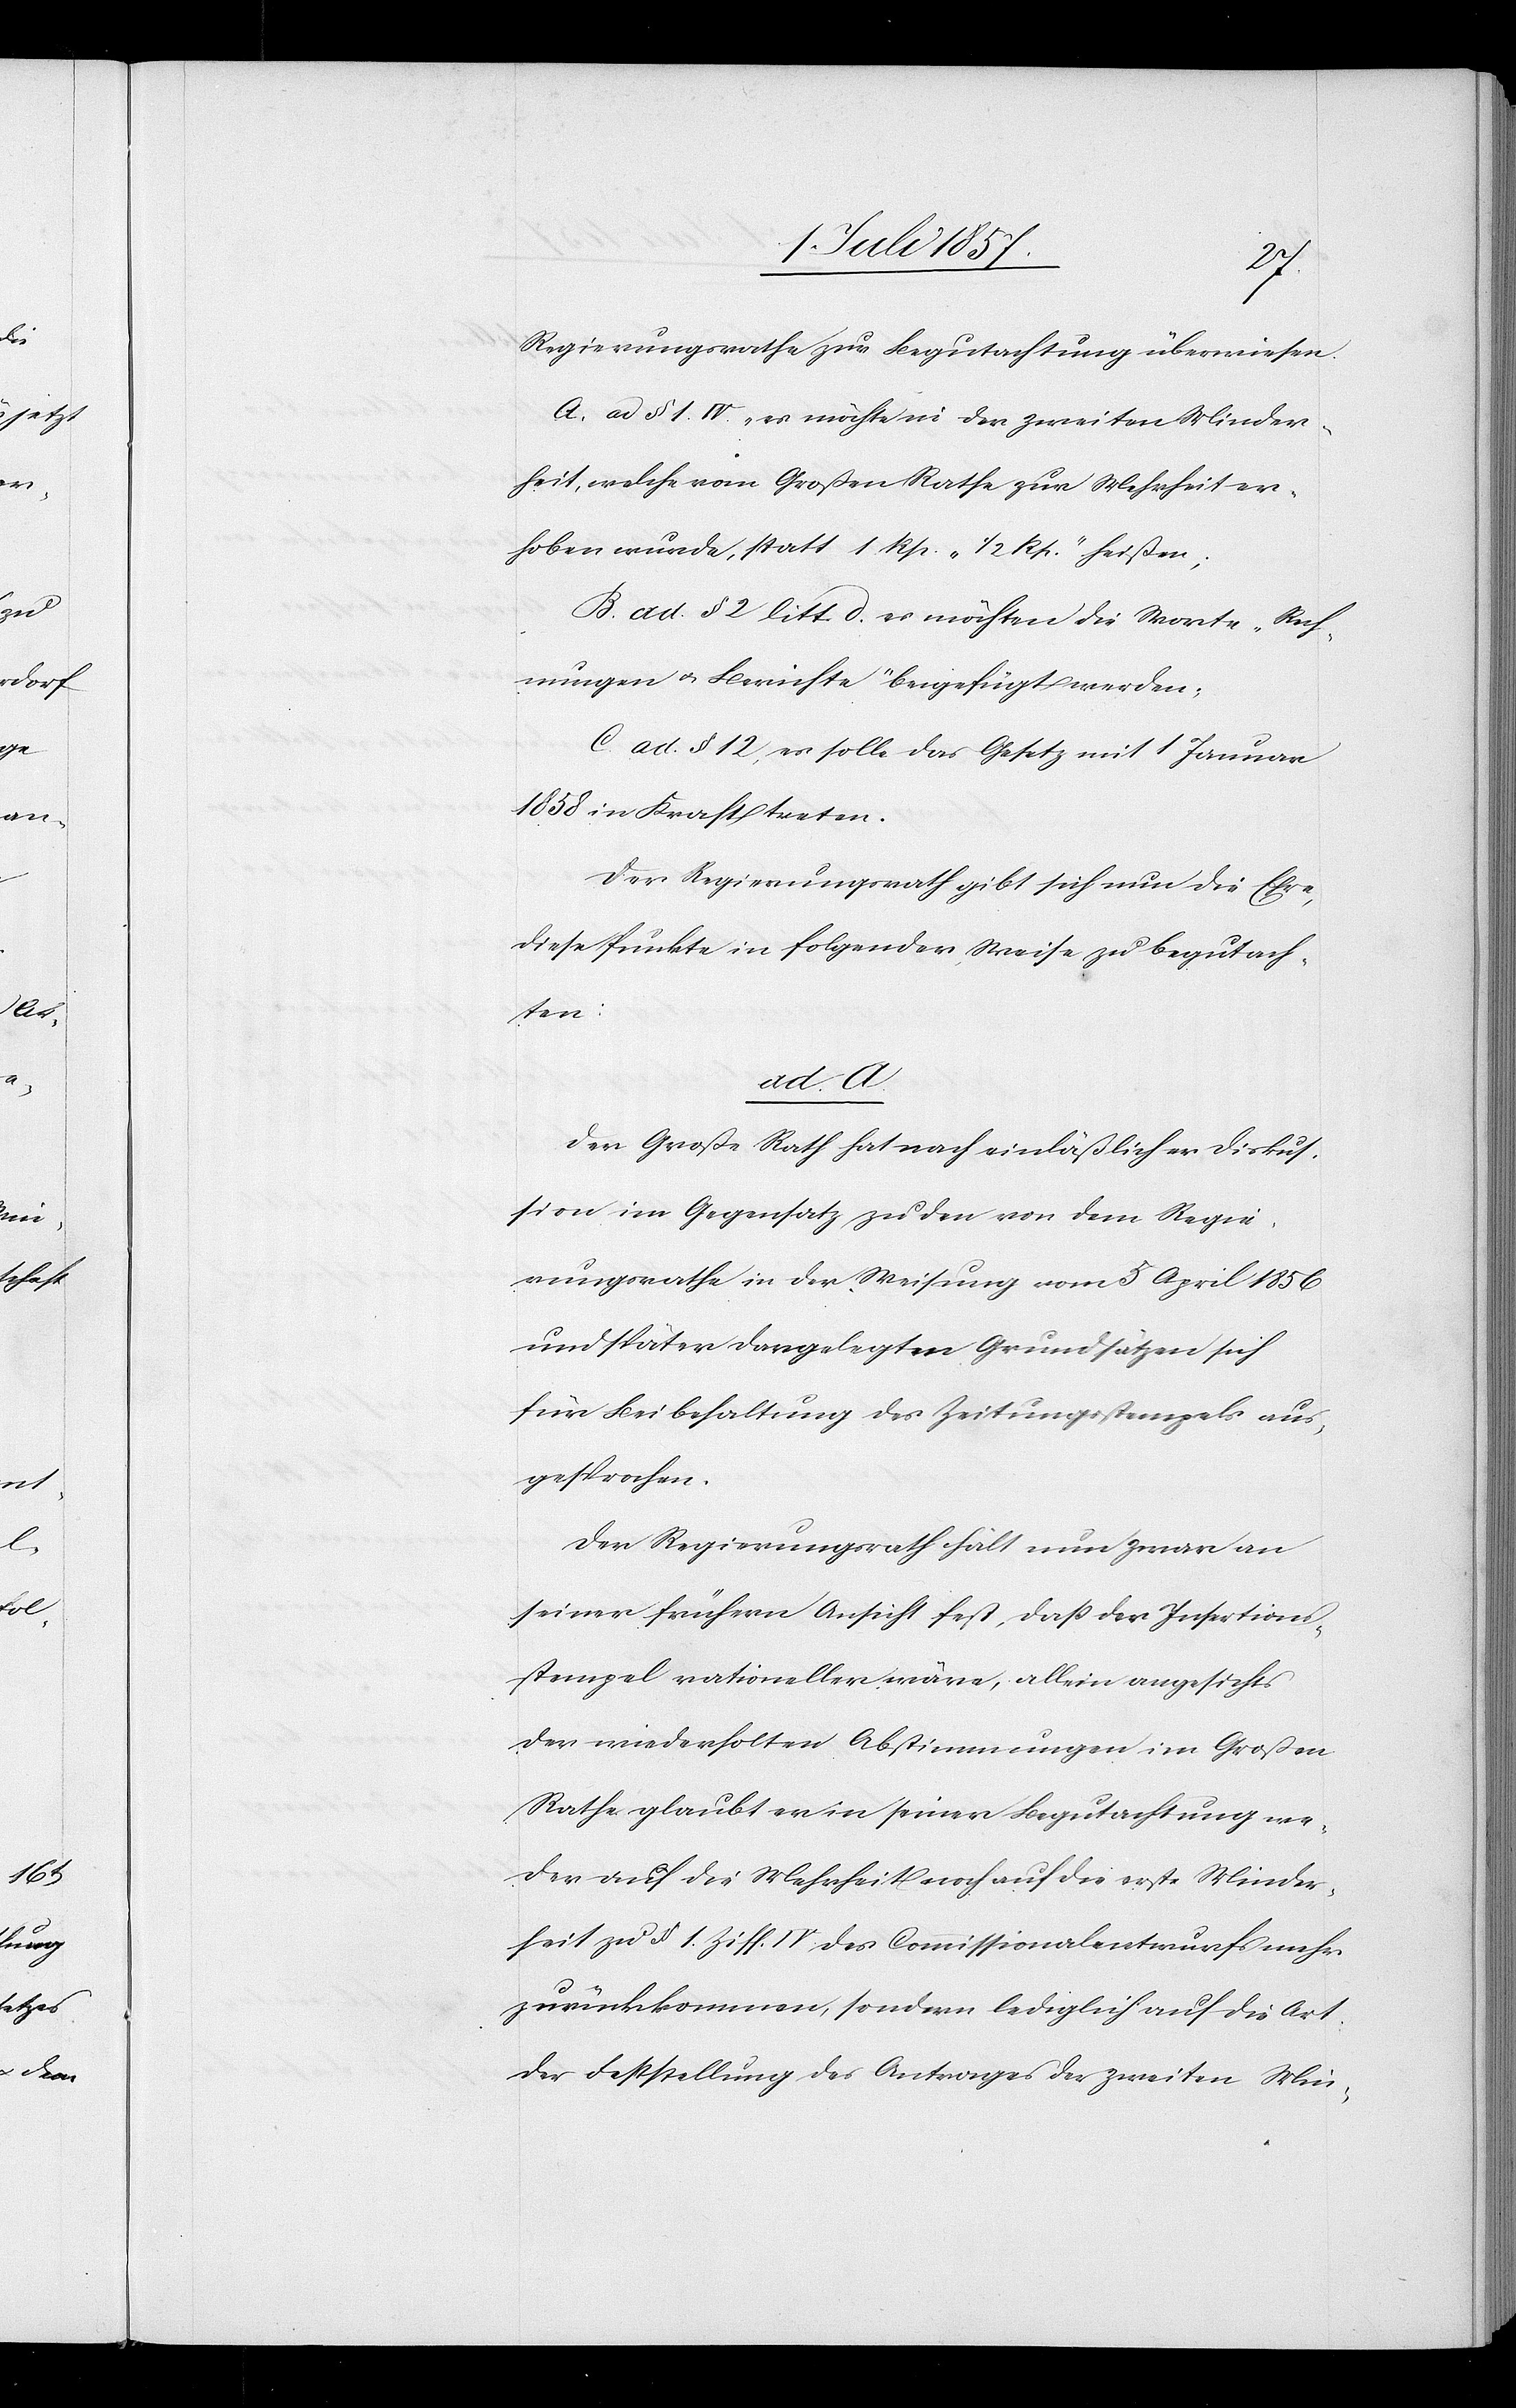
Regierungsrathe zur Begutachtung überwiesen.
A. ad § 1 IV. „es möchte in der zweiten Minder¬
heit, welche vom Großen Rathe zur Mehrheit er¬
hoben wurde, statt 1 Rp. „1/2 Rp.“ heißen;“
B. ad. § 2 litt d. es möchten die Worte „Rech¬
nungen & Berichte“ beigefügt werden;
C. ad § 12, es solle das Gesetz mit 1 Januar
1858 in Kraft treten.
Der Regierungsrath gibt sich nun die Ehre
diese Punkte in folgender Weise zu begutach¬
ten:
ad. A.
Der Große Rath hat nach einläßlicher Diskus¬
sion im Gegensatz zu den von dem Regie¬
rungsrathe in der Weisung vom 5 April 1856
und später dargelegten Grundsätzen sich
für die Beibehaltung des Zeitungsstempels aus¬
gesprochen.
Der Regierungsrath hält nun zwar an
seiner frühern Ansicht fest, daß der Insertions¬
stempel rationeller wäre, allein angesichts
der wiederholten Abstimmungen im Großen
Rathe glaubt er in seiner Begutachtung we¬
der auf die Mehrheit noch auf die erste Minder¬
heit zu § 1 Ziff. IV. des Commissionalentwurfes mehr
zurückkommen, sondern lediglich auf die Art
der Bestellung des Antrages der zweiten Min-